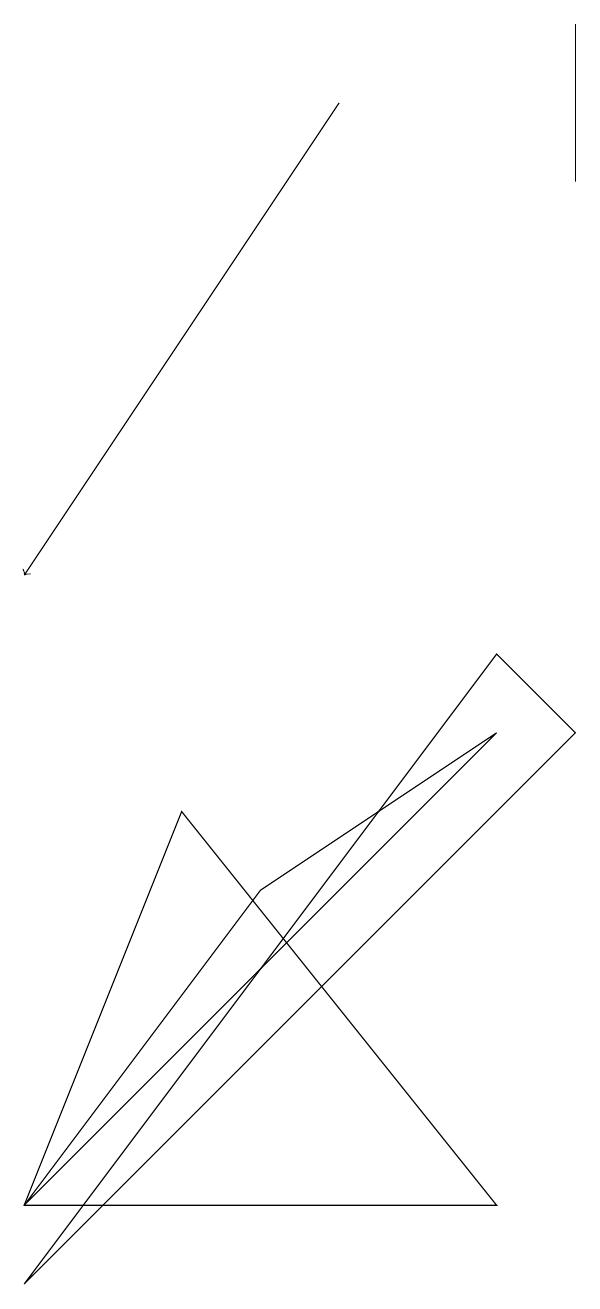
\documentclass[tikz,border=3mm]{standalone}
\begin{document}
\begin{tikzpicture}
\draw (2,1) -- (8,9) -- (9,8) -- cycle;
\draw[->] (6,16) -- (2,10);
\draw (2,2) -- (8,8) -- (5,6) -- cycle;
\draw (8,2) -- (2,2) -- (4,7) -- cycle;
\draw (9,15) rectangle (9,17);
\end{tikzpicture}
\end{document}